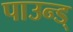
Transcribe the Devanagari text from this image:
पाउन्ड्